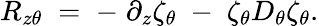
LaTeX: R_{z\theta}\; =\; -\; \partial_{z}\zeta_{\theta}\; -\; \zeta_{\theta}D_{\theta}\zeta_{\theta}.